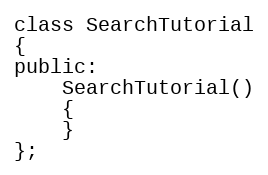
Language: C
class SearchTutorial
{
public:
	SearchTutorial()
	{
	}
};